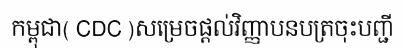
កម្ពុជា( CDC )សម្រេចផ្តល់វិញ្ញាបនបត្រចុះបញ្ជី